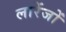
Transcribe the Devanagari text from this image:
लारेंजों